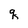
Character: q